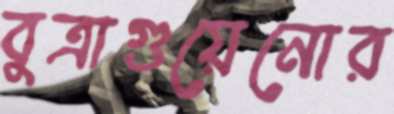
বুত্রাগুয়েনোর